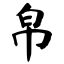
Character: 帛